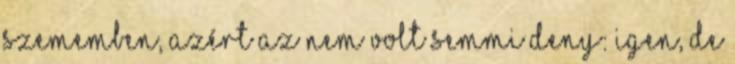
szememben, azért az nem volt semmi Deny: Igen, de